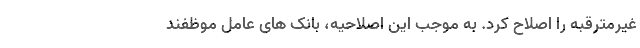
غیرمترقبه را اصلاح کرد. به موجب این اصلاحیه، بانک های عامل موظفند